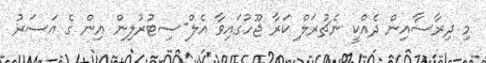
މި ދިރާސާއިން ދެއްކީ ނެޗުރަލް ކަރާ ޖޫހުގައިވާ އެލް-ސިޓުރުލިން އިން ގެ އަސަރު